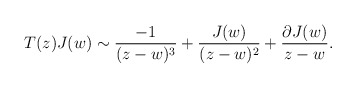
\begin{align*} T(z) J(w) \sim \frac{-1}{(z-w)^3} + \frac{J(w)}{(z-w)^2} + \frac{\partial J(w)}{z-w}.\end{align*}